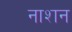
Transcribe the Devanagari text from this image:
नाशन